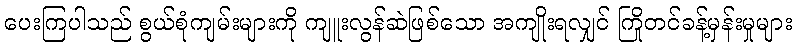
ပေးကြပါသည် စွယ်စုံကျမ်းများကို ကျူးလွန်ဆဲဖြစ်သော အကျိုးရလျှင် ကြိုတင်ခန့်မှန်းမှုများ